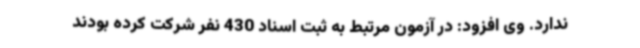
ندارد. وی افزود: در آزمون مرتبط به ثبت اسناد 430 نفر شرکت کرده بودند